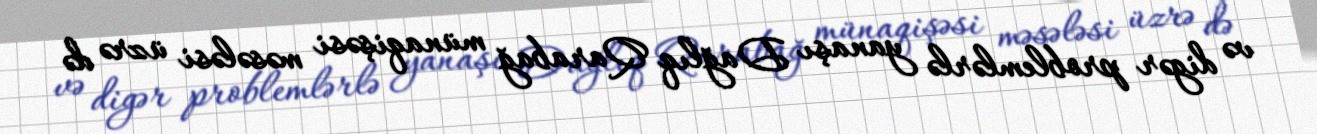
və digər problemlərlə yanaşı Dağlıq Qarabağ münaqişəsi məsələsi üzrə də